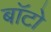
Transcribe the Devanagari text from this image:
बाॅटो